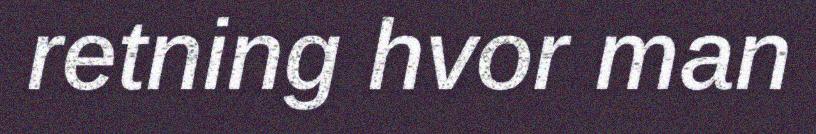
retning hvor man